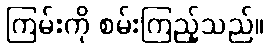
ကြမ်းကို စမ်းကြည့်သည်။